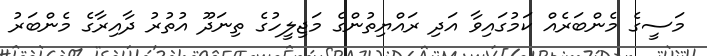
މަސީގެ މެންބަރެއް ކަމުގައިވާ އަދި ރައްޔިތުންގެ މަޖިލީހުގެ ތިނަދޫ އުތުރު ދާއިރާގެ މެންބަރު